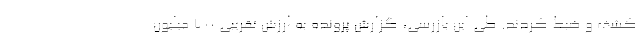
کشف و ضبط کردند. طی این بازرسی، گزارش پرونده به ارزش تقریبی 700 میلیون